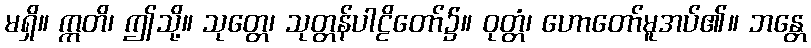
မရှိ။ ဣတိ၊ ဤသို့။ သုတ္တေ၊ သုတ္တန်ပါဠိတော်၌။ ဝုတ္တံ၊ ဟောတော်မူအပ်၏။ ဘန္တေ